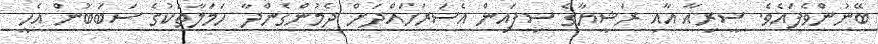
ބޭނުންވެފައެވެ. ސީރިއާ އާއި ރަޝީޔާގެ ސިފައިން އެސަރަހައްދަށް ދެމުންގެންދާ ހަމަލާތަކުގެ ސަބަބުން އެހީ